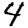
Digit: 4